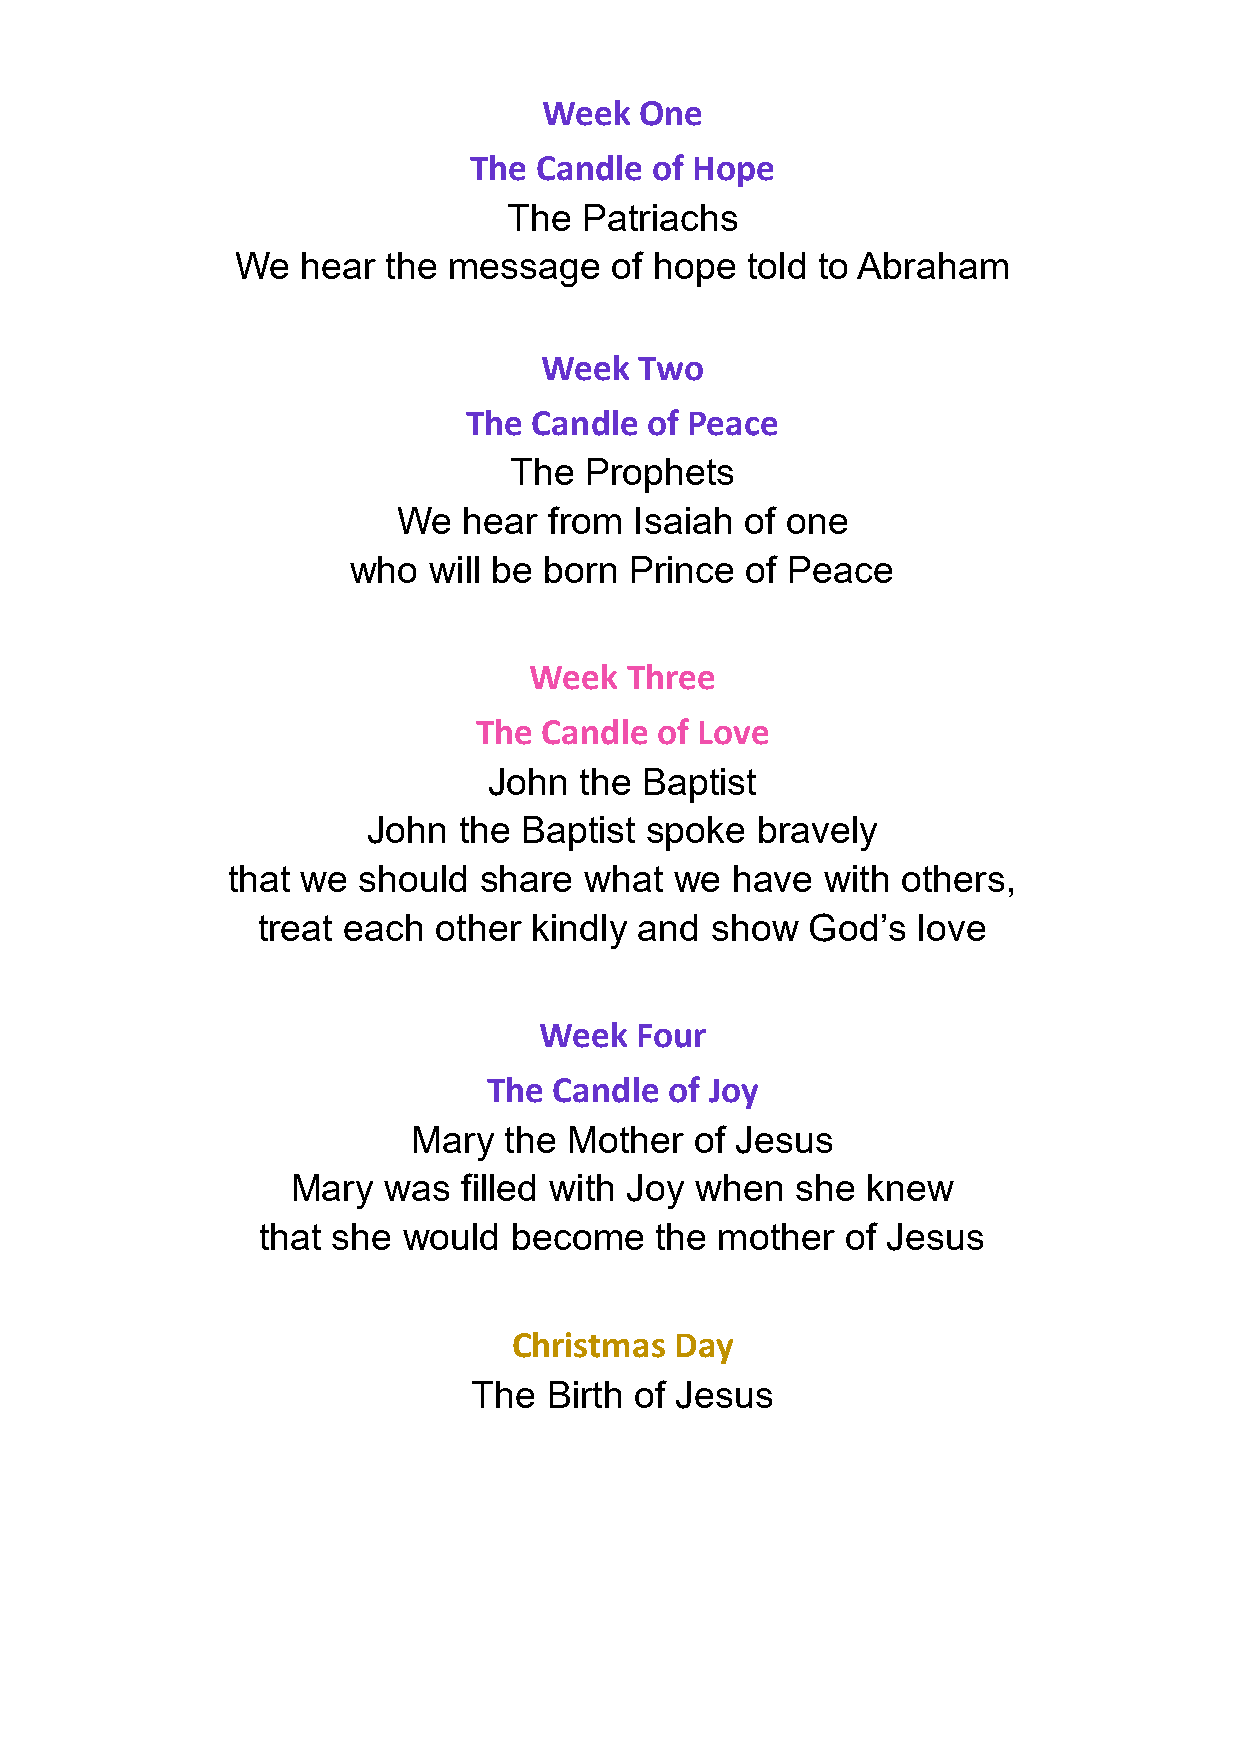
Week  One
 The Candle  of Hope
 The  Patriachs
 We  hear  the message   of hope  told to Abraham
 Week  Two
 The Candle  of Peace
 The  Prophets
 We   hear from  Isaiah of one
 who  will be born  Prince of Peace
 Week  Three
 The  Candle of Love
 John  the Baptist
 John  the Baptist  spoke  bravely
 that we  should  share  what  we have   with others,
 treat each  other kindly and  show  God’s   love
 Week  Four
 The  Candle of Joy
 Mary  the  Mother  of Jesus
 Mary  was   filled with Joy when  she knew
 that she  would  become   the  mother  of Jesus
 Christmas  Day
 The  Birth of Jesus